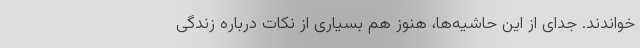
خواندند. جدای از این حاشیه‌ها، هنوز هم بسیاری از نکات درباره زندگی